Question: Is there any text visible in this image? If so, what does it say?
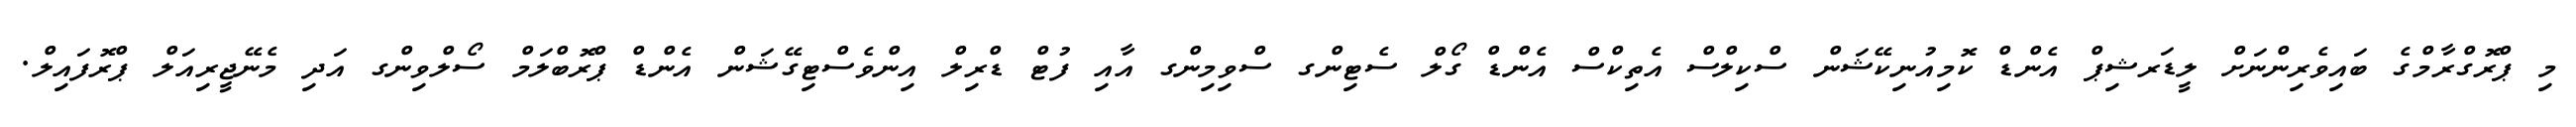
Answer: މި ޕްރޮގްރާމްގެ ބައިވެރިންނަށް ލީޑަރޝިޕް އެންޑް ކޮމިއުނިކޭޝަން ސްކިލްސް އެތިކްސް އެންޑް ގޯލް ސެޓިންގ ސްވިމިންގ އާއި ފުޓް ޑްރިލް އިންވެސްޓިގޭޝަން އެންޑް ޕްރޮބްލަމް ސޯލްވިންގ އަދި މެނޭޖީރިއަލް ޕްރޮފައިލް.